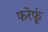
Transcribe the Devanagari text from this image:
फरेफूं